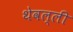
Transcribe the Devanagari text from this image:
थेवल्ली